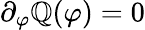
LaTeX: \partial_{\varphi}\mathbb{Q}(\varphi)=0